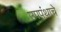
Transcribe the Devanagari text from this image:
उपपंथाचे